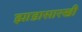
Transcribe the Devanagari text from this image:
झाडासारखी